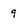
Character: q